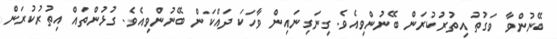
ބޭނުންވާ ވަގުތު އިތުރުކުރަން ބޭނުންވިއެވެ. ގިނަގިނައިން ވާހަކަ ދައްކަން ބޭނުންވިއެވެ. ގުޅުންތައް އިތުރުކުރަން